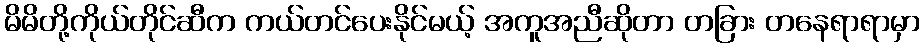
မိမိတို့ကိုယ်တိုင်ဆီက ကယ်တင်ပေးနိုင်မယ့် အကူအညီဆိုတာ တခြား တနေရာရာမှာ